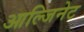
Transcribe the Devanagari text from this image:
आल्जिनेट